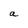
Character: a